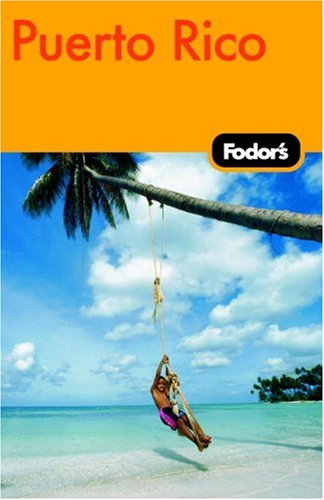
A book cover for Fodor's Puerto Rico, 4th Edition (Fodor's Gold Guides); Fodor's; Travel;